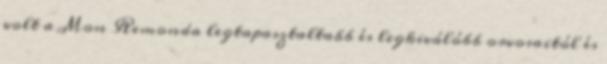
volt a Mon Remonda legtapasztaltabb és legkiválóbb orvosaitól és